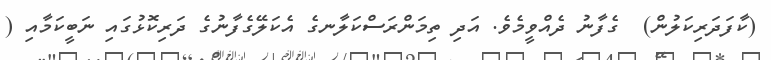
(ކާފަދަރިކަލުން)  ގެފާނު ދެއްވީމެވެ. އަދި ތިމަންރަސްކަލާނގެ އެކަލޭގެފާނުގެ ދަރިކޮޅުގައި ނަބީކަމާއި (